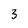
Character: 3